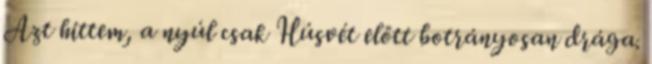
Azt hittem, a nyúl csak Húsvét előtt botrányosan drága.